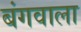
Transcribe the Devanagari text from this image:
बंगवाला